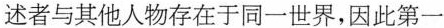
述者与其他人物存在于同一世界，因此第一